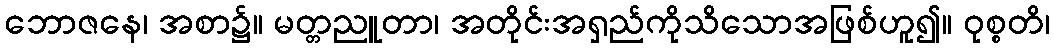
ဘောဇနေ၊ အစာ၌။ မတ္တညူတာ၊ အတိုင်းအရှည်ကိုသိသောအဖြစ်ဟူ၍။ ဝုစ္စတိ၊